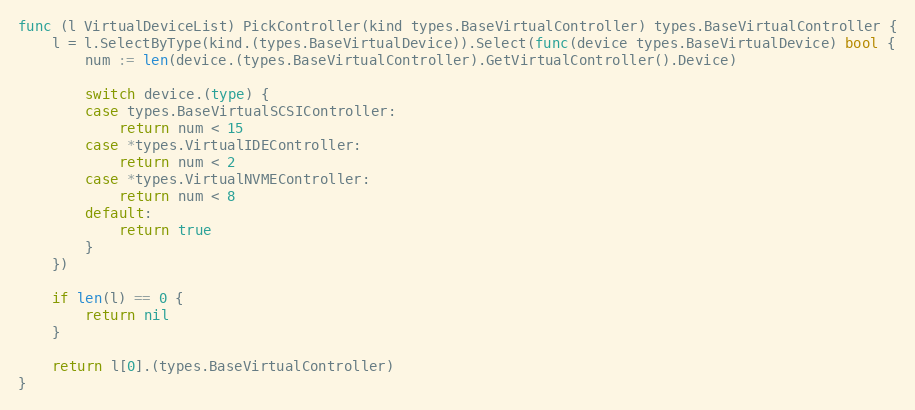
Language: Go
func (l VirtualDeviceList) PickController(kind types.BaseVirtualController) types.BaseVirtualController {
	l = l.SelectByType(kind.(types.BaseVirtualDevice)).Select(func(device types.BaseVirtualDevice) bool {
		num := len(device.(types.BaseVirtualController).GetVirtualController().Device)

		switch device.(type) {
		case types.BaseVirtualSCSIController:
			return num < 15
		case *types.VirtualIDEController:
			return num < 2
		case *types.VirtualNVMEController:
			return num < 8
		default:
			return true
		}
	})

	if len(l) == 0 {
		return nil
	}

	return l[0].(types.BaseVirtualController)
}